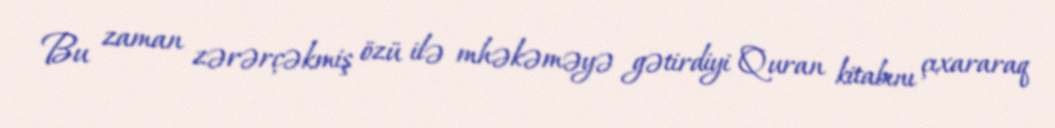
Bu zaman zərərçəkmiş özü ilə mhəkəməyə gətirdiyi Quran kitabını çıxararaq